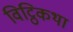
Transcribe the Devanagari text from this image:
विट्ठिकथा